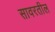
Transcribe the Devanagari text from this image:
सावरतील